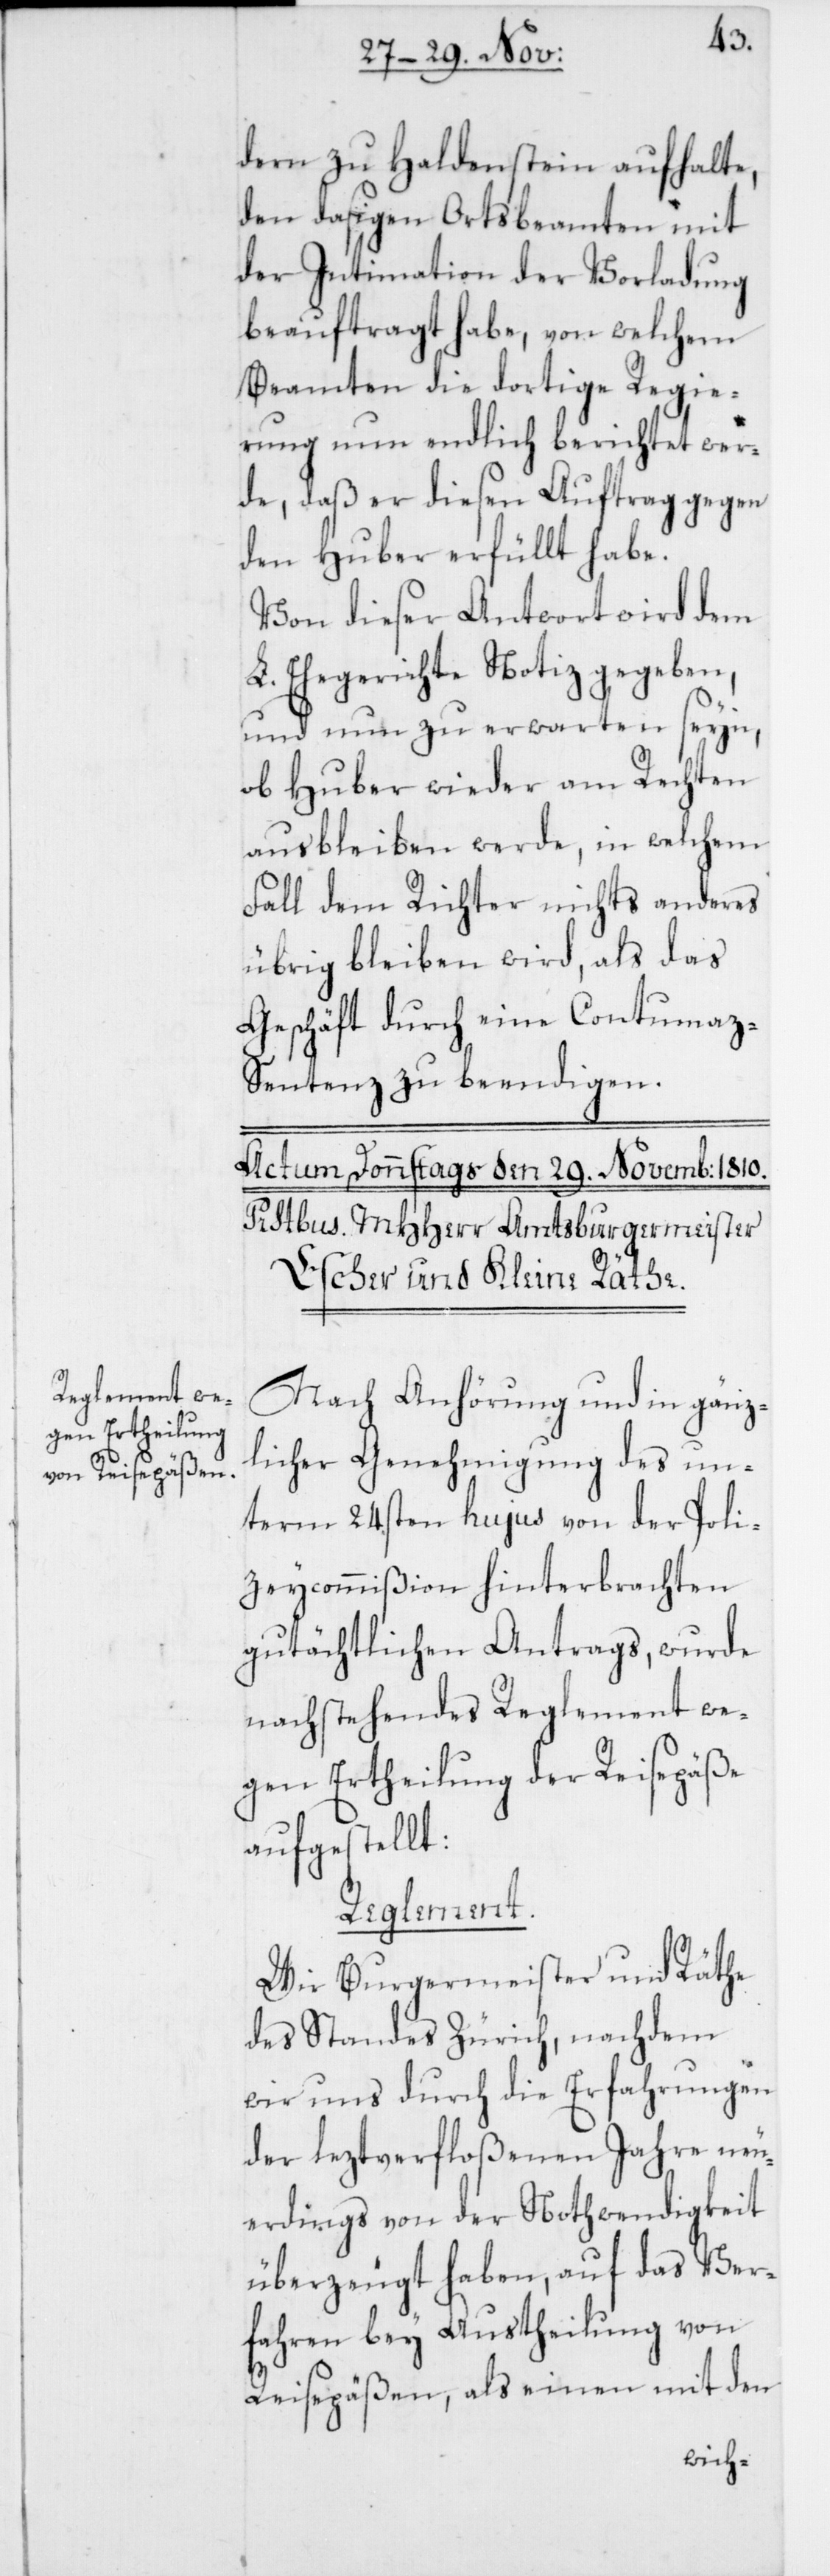
dern zu Haldenstein aufhalte,
den dasigen Ortsbeamten mit
der Intimation der Vorladung
beauftragt habe, von welchem
Beamten die dortige Regie¬
rung nun endlich berichtet wer¬
de, daß er diesen Auftrag gegen
den Huber erfüllt habe.
Von dieser Antwort wird dem
L. Ehegerichte Notiz gegeben,
und nun zu erwarten seyn,
ob Huber wieder am Rechten
ausbleiben werde, in welchem
Fall dem Richter nichts anderes
übrig bleiben wird, als das
Geschäft durch eine Contumaz-S¬
entenz zu beendigen.
Nach Anhörung und in gänz¬
licher Genehmigung des un¬
term 24sten hujus von der Poli¬
zeycommißion hinterbrachten
gutächtlichen Antrags, wurde
nachstehendes Reglement we¬
gen Ertheilung der Reisepäße
aufgestellt:
Reglement.
Wir Burgermeister und Räthe
des Standes Zürich, nachdem
wir uns durch die Erfahrungen
der leztverfloßenen Jahre neu¬
erdings von der Nothwendigkeit
überzeugt haben, auf das Ver¬
fahren bey Austheilung von
Reisepäßen, als einen mit den